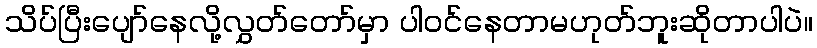
သိပ်ပြီးပျော်နေလို့လွှတ်တော်မှာ ပါဝင်နေတာမဟုတ်ဘူးဆိုတာပါပဲ။